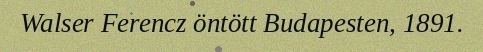
Walser Ferencz öntött Budapesten, 1891.